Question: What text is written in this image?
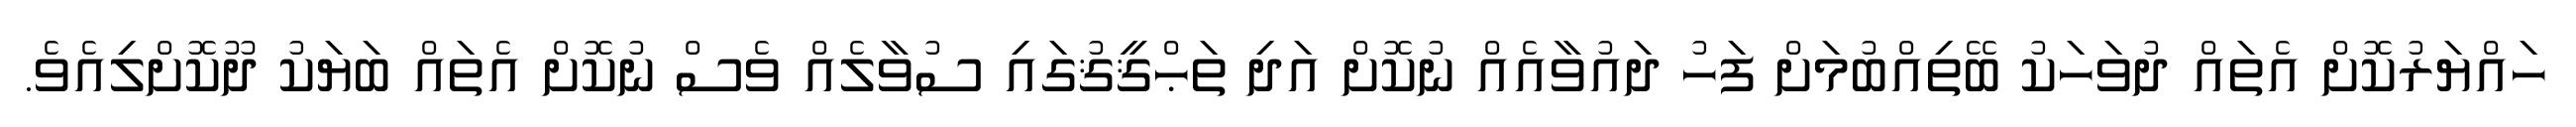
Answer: ހައްޔަރުކޮށް އެތައް ދުވަހަކު ބޭތިއްބުމަށް ފަހު ދައުވާއެއް ނުކޮށް އަދި ތަޙްޤީޤުގައި ސުވާލެއް ވެސް ނުކޮށް އެތައް ބަޔަކު ދޫކޮށްލިއެވެ.